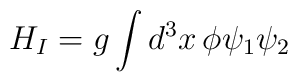
H_I=g\int {d^3x\,\phi \psi _1\psi _2}